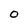
Character: O